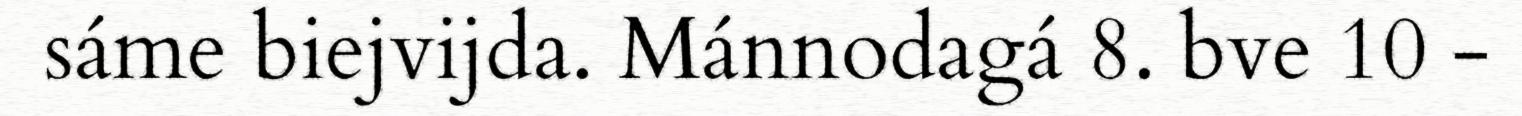
sáme biejvijda. Mánnodagá 8. bve 10 -